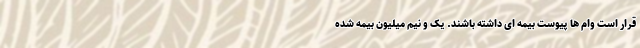
قرار است وام ها پیوست بیمه ای داشته باشند. یک و نیم میلیون بیمه شده